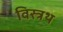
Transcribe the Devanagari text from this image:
विस्त्रथ